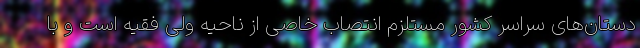
دستان‌های سراسر کشور مستلزم انتصاب خاصی از ناحیه ولی فقیه است و با